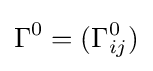
\Gamma ^{0}=(\Gamma _{ij}^{0})